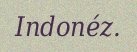
Indonéz.